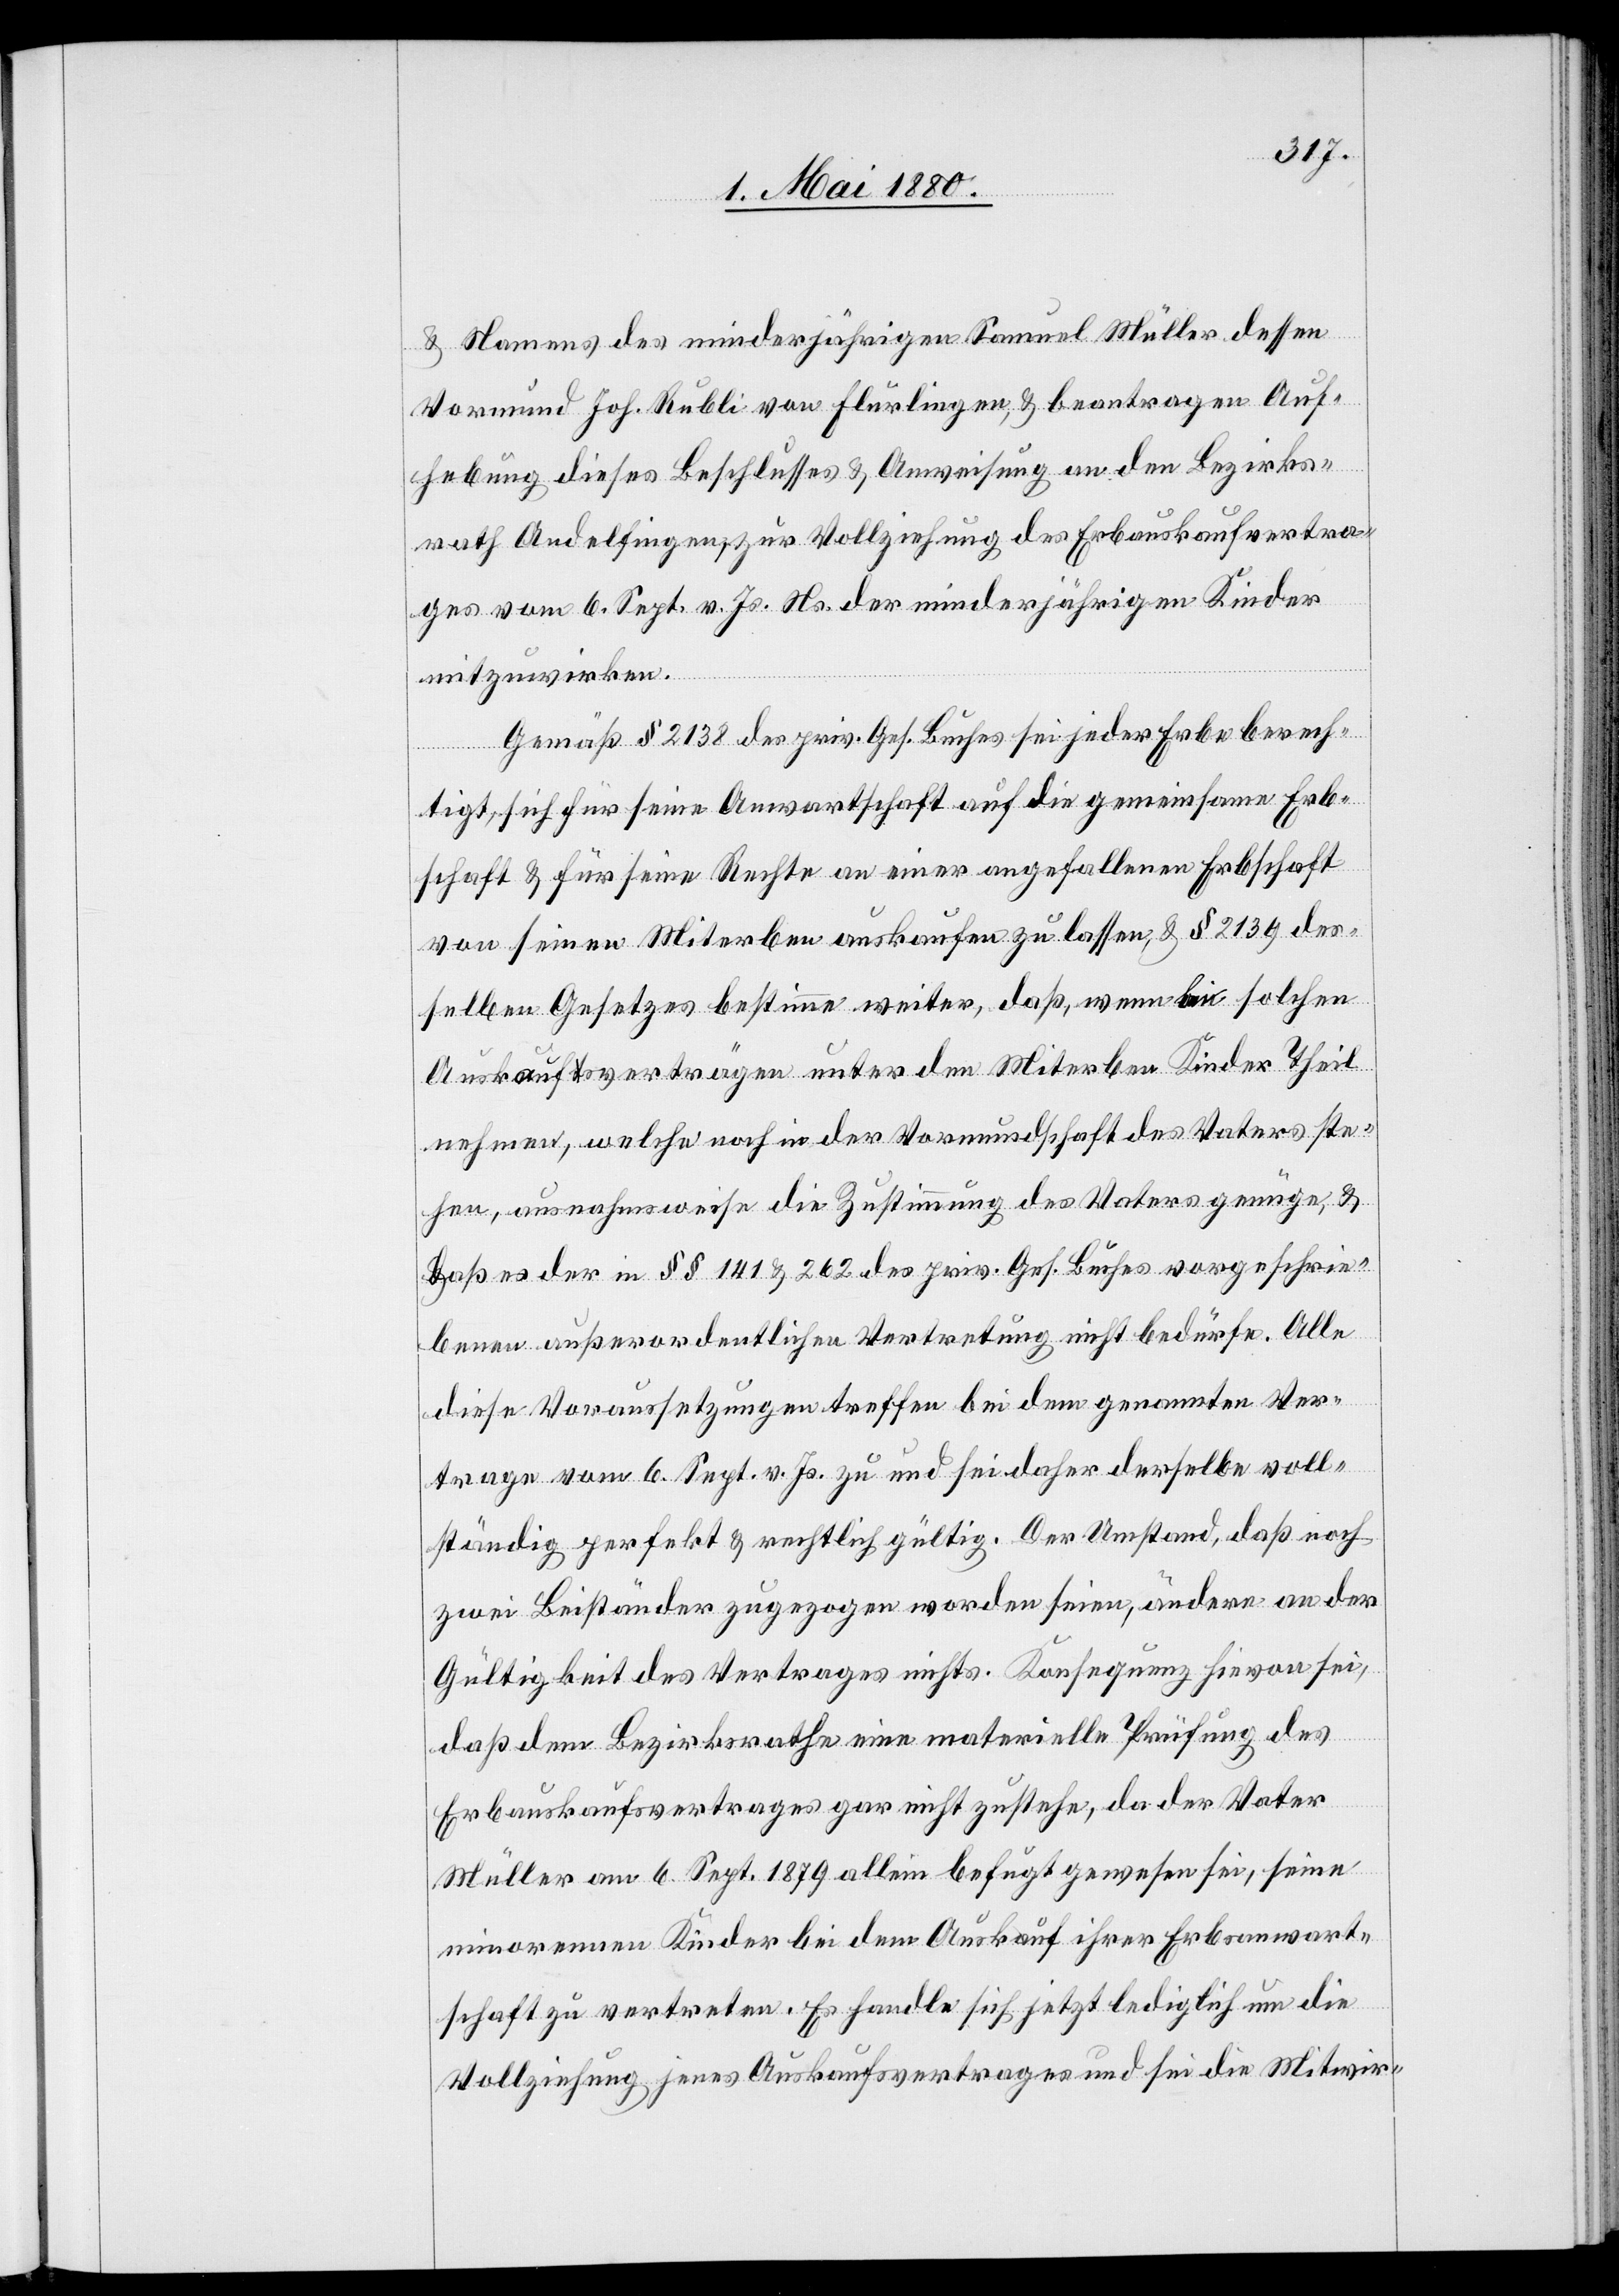
& Namens des minderjährigen Samuel Müller dessen
Vormund Joh. Rubli von Flurlingen, & beantragen Auf¬
hebung dieses Beschlusses & Anweisung an den Bezirks¬
rath Andelfingen, zur Vollziehung des Erbauskaufvertra¬
ges vom 6. Sept. v. Js. Ns. der minderjährigen Kinder
mitzuwirken.
Gemäß § 2138 des priv. Ges. Buches sei jeder Erbe berech¬
tigt, sich für seine Anwartschaft auf die gemeinsame Erb¬
schaft & für seine Rechte an einer angefallenen Erbschaft
von seinen Miterben auskaufen zu lassen & § 2139 des¬
selben Gesetzes bestimme weiter, daß, wenn bei solchen
Auskaufsverträgen unter den Miterben Kinder Theil
nehmen, welche noch in der Vormundschaft des Vaters ste¬
hen, ausnahmsweise die Zustimmung des Vaters genüge, &
daß es der in §§ 141 & 262 des priv. Ges. Buches vorgeschrie¬
benen außerordentlichen Vertretung nicht bedürfe. Alle
diese Voraussetzungen treffen bei dem genannten Ver¬
trage vom 6. Sept. v. Js. zu und sei daher derselbe voll¬
ständig perfekt & rechtlich gültig. Der Umstand, daß noch
zwei Beiständer zugezogen worden seien, ändere an der
Gültigkeit des Vertrages nichts. Konsequenz hievon sei,
daß dem Bezirksrathe eine materielle Prüfung des
Erbauskaufsvertrages gar nicht zustehe, da der Vater
Müller am 6. Sept. 1879 allein befugt gewesen sei, seine
minorenen Kinder bei dem Auskauf ihrer Erbsanwart¬
schaft zu vertreten. Es handle sich jetzt lediglich um die
Vollziehung jenes Auskaufvertrages und sei die Mitwir-